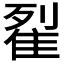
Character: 𨾸